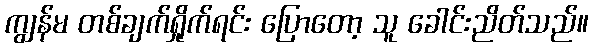
ကျွန်မ တစ်ချက်ရှိုက်ရင်း ပြောတော့ သူ ခေါင်းညိတ်သည်။